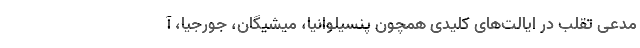
مدعی تقلب در ایالت‌های کلیدی همچون پنسیلوانیا، میشیگان، جورجیا، آ